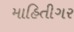
માહિતીગર